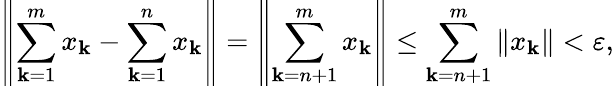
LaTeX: \left\| \sum_{\mathbf{k}=1}^{m}x_{\mathbf{k}}-\sum_{\mathbf{k}=1}^{n}x_{\mathbf{k}}\right\| =\left\| \sum_{\mathbf{k}=n+1}^{m}x_{\mathbf{k}}\right\| \leq\sum_{\mathbf{k}=n+1}^{m}\| x_{\mathbf{k}}\| <\varepsilon,